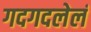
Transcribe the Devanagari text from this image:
गदगदलेलं